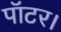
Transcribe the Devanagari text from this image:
पॉटर।